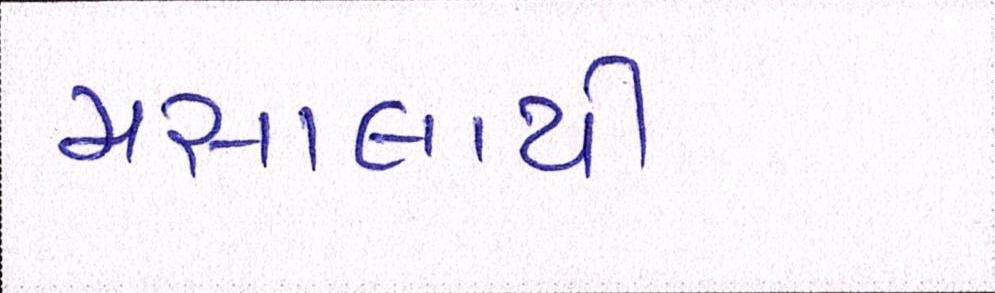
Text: મસાલાથી